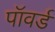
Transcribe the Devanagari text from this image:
पॉवर्ड